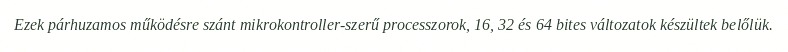
Ezek párhuzamos működésre szánt mikrokontroller-szerű processzorok, 16, 32 és 64 bites változatok készültek belőlük.